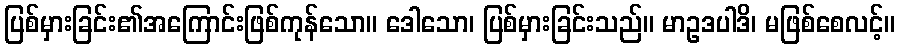
ပြစ်မှားခြင်း၏အကြောင်းဖြစ်ကုန်သော။ ဒေါသော၊ ပြစ်မှားခြင်းသည်။ မာဥဒပါဒိ၊ မဖြစ်စေလင့်။